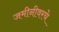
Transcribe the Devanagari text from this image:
जमीनीवरचे